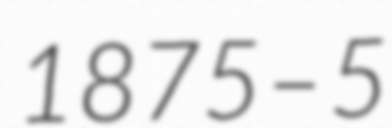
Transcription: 1875 – 5